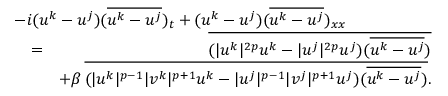
\begin{array} { r l r } { \lefteqn { - i ( u ^ { k } - u ^ { j } ) ( \overline { { u ^ { k } - u ^ { j } } } ) _ { t } + ( u ^ { k } - u ^ { j } ) ( \overline { { u ^ { k } - u ^ { j } } } ) _ { x x } } } \\ & { = } & { \overline { { ( | u ^ { k } | ^ { 2 p } u ^ { k } - | u ^ { j } | ^ { 2 p } u ^ { j } ) ( \overline { { u ^ { k } - u ^ { j } } } ) } } } \\ & { } & { + \beta \, \overline { { ( | u ^ { k } | ^ { p - 1 } | v ^ { k } | ^ { p + 1 } u ^ { k } - | u ^ { j } | ^ { p - 1 } | v ^ { j } | ^ { p + 1 } u ^ { j } ) ( \overline { { u ^ { k } - u ^ { j } } } ) } } . } \end{array}